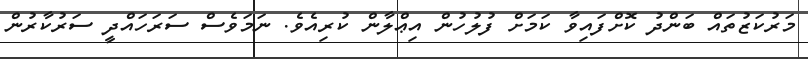
މަރުކަޒުތައް ބަންދު ކޮށްފައިވާ ކަމަށް ފުލުހުން އިޢްލާން ކުރިއެވެ. ނަމަވެސް ސަރަހައްދީ ސަރުކާރުން